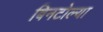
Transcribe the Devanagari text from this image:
बिनटोल्या